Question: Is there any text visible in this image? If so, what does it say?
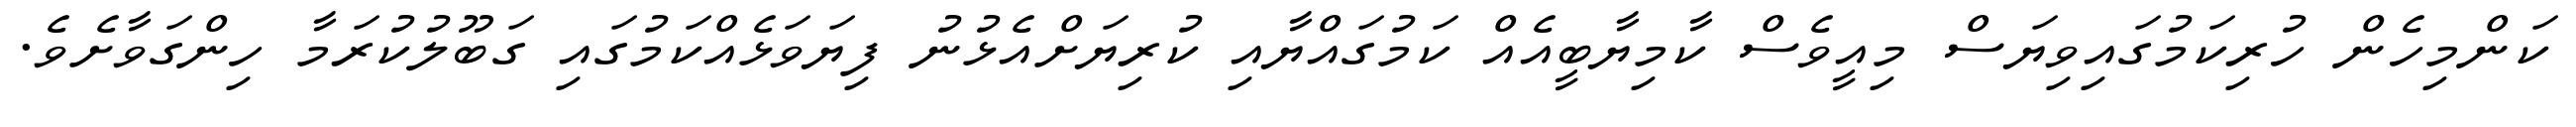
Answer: ކަންމިހެން ހުރިކަމުގައިވިޔަސް މިއީވެސް ކާމިޔާބީއެއް ކަމުގައްޔާއި ކުރިޔަށްއެޅުނު ފިޔަވަޅެއްކަމުގައި ގަބޫލުކުރަމާ ހިންގަވާށެވެ.